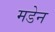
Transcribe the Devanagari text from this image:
मडेन